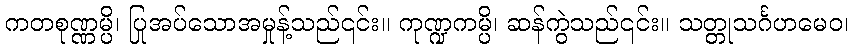
ကတစုဏ္ဏမ္ပိ၊ ပြုအပ်သောအမှုန့်သည်၎င်း။ ကုဏ္ဍကမ္ပိ၊ ဆန်ကွဲသည်၎င်း။ သတ္တုသင်္ဂဟမေဝ၊